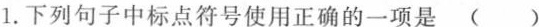
1.下列句子中标点符号使用正确的一项是( )